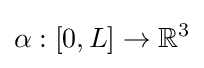
\alpha :[0,L]\to \mathbb {R} ^{3}